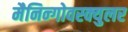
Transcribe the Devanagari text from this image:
मैनिन्गोवस्क्युलर